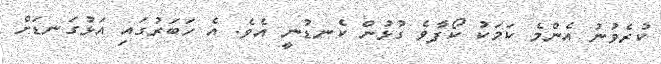
ކުރެވުނު އެންމެ ކަމަކު ކޯފާވެ ގުޅުން ކެނޑުނީ އެވެ. އެ ހަބަރުގައި އަޅުގަނޑަށް